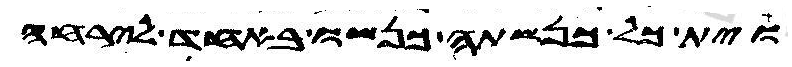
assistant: וית כל כנשתה כנשו באחד לירחה